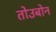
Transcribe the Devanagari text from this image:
तोउबोन